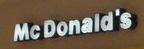
mcdonald's